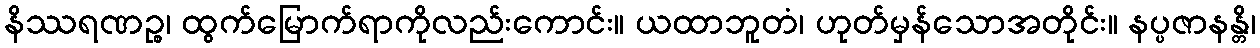
နိဿရဏဉ္စ၊ ထွက်မြောက်ရာကိုလည်းကောင်း။ ယထာဘူတံ၊ ဟုတ်မှန်သောအတိုင်း။ နပ္ပဇာနန္တိ၊